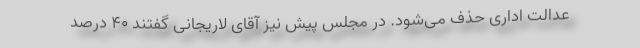
عدالت اداری حذف می‌شود. در مجلس پیش نیز آقای لاریجانی گفتند ۴۰ درصد